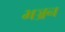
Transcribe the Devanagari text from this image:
भञ्जन